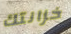
خزانتك